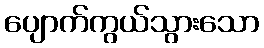
ပျောက်ကွယ်သွားသော